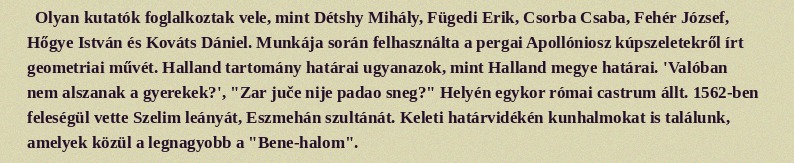
Olyan kutatók foglalkoztak vele, mint Détshy Mihály, Fügedi Erik, Csorba Csaba, Fehér József, Hőgye István és Kováts Dániel. Munkája során felhasználta a pergai Apollóniosz kúpszeletekről írt geometriai művét. Halland tartomány határai ugyanazok, mint Halland megye határai. 'Valóban nem alszanak a gyerekek?', "Zar juče nije padao sneg?" Helyén egykor római castrum állt. 1562-ben feleségül vette Szelim leányát, Eszmehán szultánát. Keleti határvidékén kunhalmokat is találunk, amelyek közül a legnagyobb a "Bene-halom".